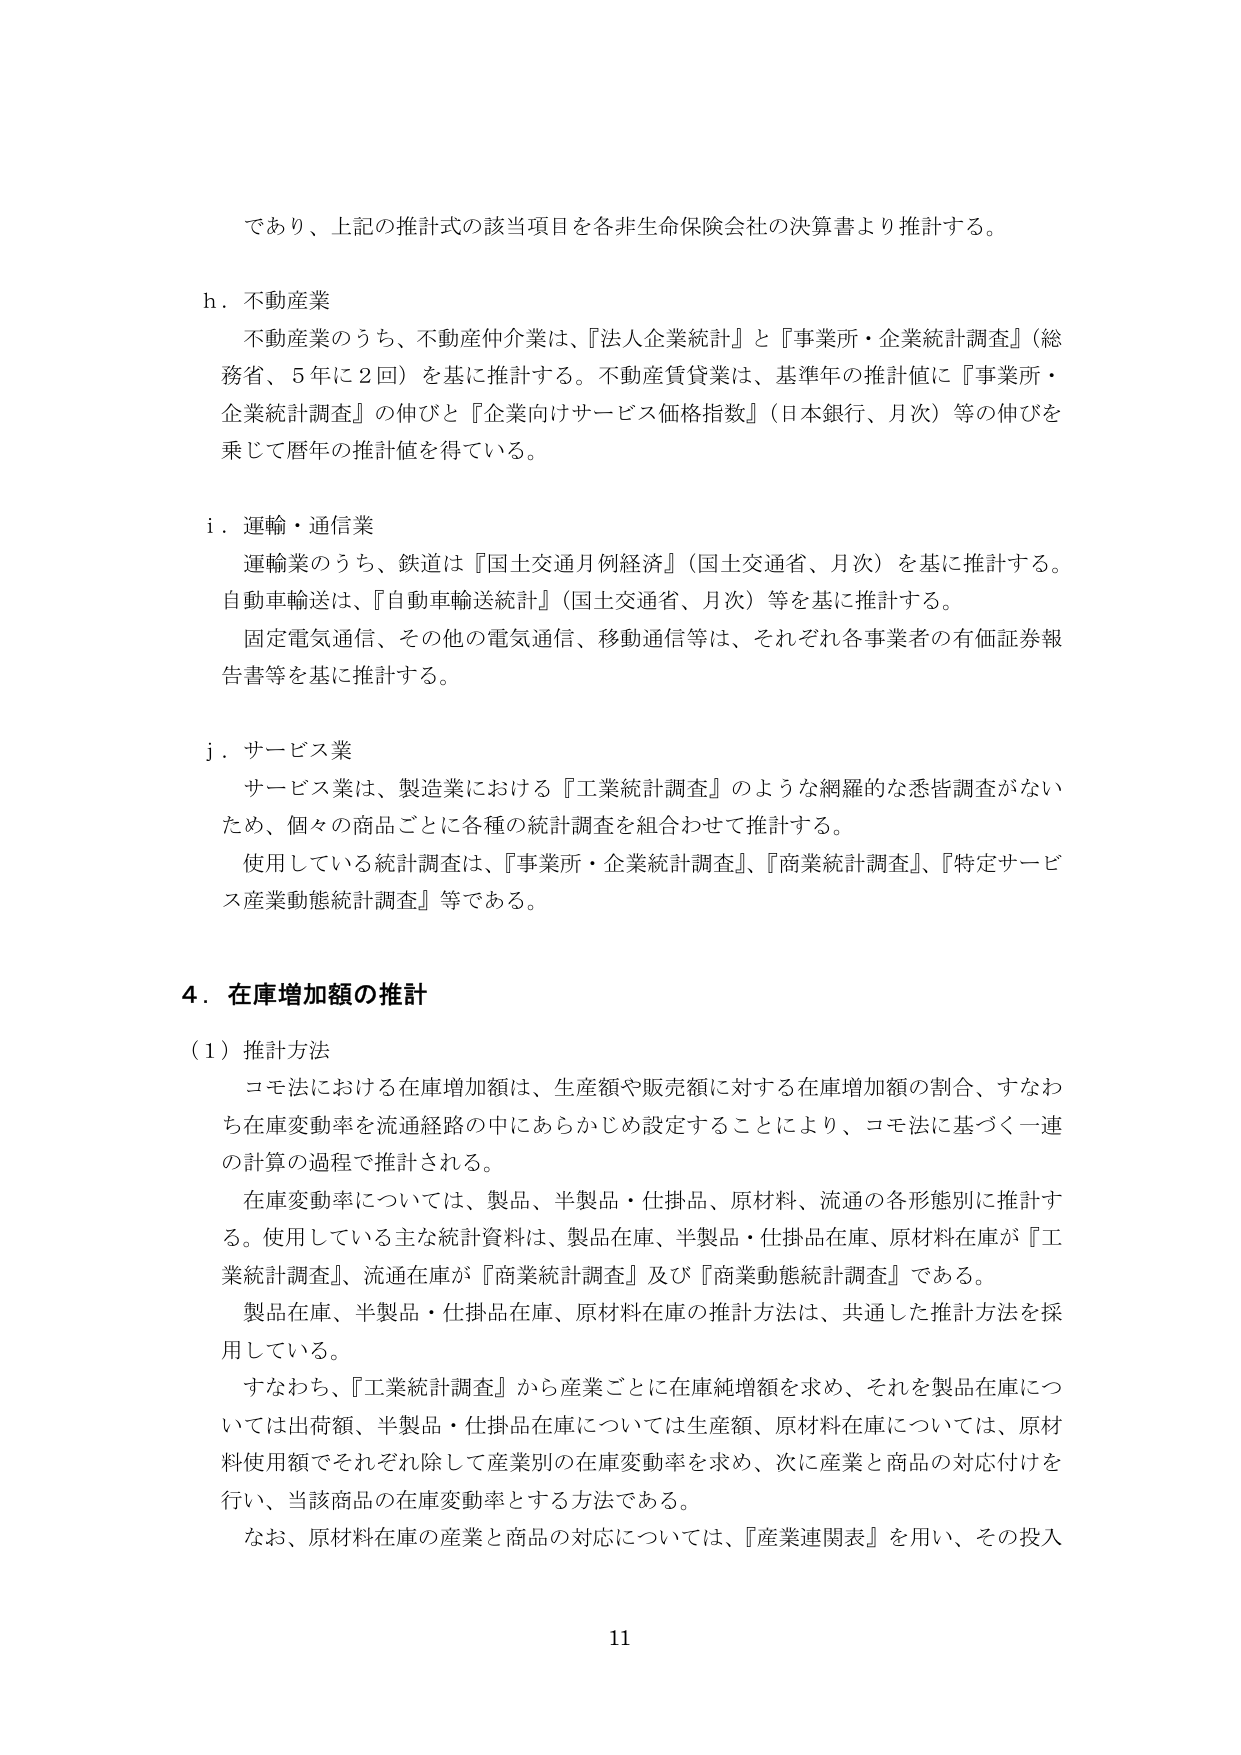
であり、上記の推計式の該当項目を各非生命保険会社の決算書より推計する。

h．不動産業
不動産業のうち、不動産仲介業は、『法人企業統計』と『事業所・企業統計調査』（総務省、5年に2回）を基に推計する。不動産賃貸業は、基準年の推計値に『事業所・企業統計調査』の伸びと『企業向けサービス価格指数』（日本銀行、月次）等の伸びを乗じて暦年の推計値を得ている。

i．運輸・通信業
運輸業のうち、鉄道は『国土交通月例経済』（国土交通省、月次）を基に推計する。自動車輸送は、『自動車輸送統計』（国土交通省、月次）等を基に推計する。
固定電気通信、その他の電気通信、移動通信等は、それぞれ各事業者の有価証券報告書等を基に推計する。

j．サービス業
サービス業は、製造業における『工業統計調査』のような網羅的な悉皆調査がないため、個々の商品ごとに各種の統計調査を組合わせて推計する。
使用している統計調査は、『事業所・企業統計調査』、『商業統計調査』、『特定サービス産業動態統計調査』等である。

4．在庫増加額の推計
（1）推計方法
コモ法における在庫増加額は、生産額や販売額に対する在庫増加額の割合、すなわち在庫変動率を流通経路の中にあらかじめ設定することにより、コモ法に基づく一連の計算の過程で推計される。
在庫変動率については、製品、半製品・仕掛品、原材料、流通の各形態別に推計する。使用している主な統計資料は、製品在庫、半製品・仕掛品在庫、原材料在庫が『工業統計調査』、流通在庫が『商業統計調査』及び『商業動態統計調査』である。
製品在庫、半製品・仕掛品在庫、原材料在庫の推計方法は、共通した推計方法を採用している。
すなわち、『工業統計調査』から産業ごとに在庫純増額を求め、それを製品在庫については出荷額、半製品・仕掛品在庫については生産額、原材料在庫については、原材料使用額でそれぞれ除して産業別の在庫変動率を求め、次に産業と商品の対応付けを行い、当該商品の在庫変動率とする方法である。
なお、原材料在庫の産業と商品の対応については、『産業連関表』を用い、その投入

11